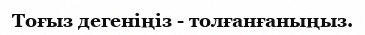
Тоғыз дегеніңіз - толғанғаныңыз.